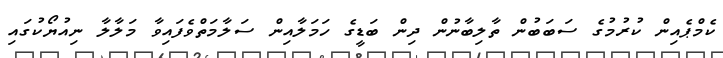
ކެމްޕެއިން ކުރުމުގެ ސަބަބުން ތާލިބާނުން ދިން ބަޑީގެ ހަމަލާއިން ސަލާމަތްވެފައިވާ މަލާލާ ނިއުޔޯކުގައި